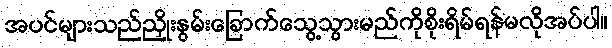
အပင်များသည်ညှိုးနွမ်းခြောက်သွေ့သွားမည်ကိုစိုးရိမ်ရန်မလိုအပ်ပါ။